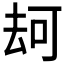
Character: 𠳌